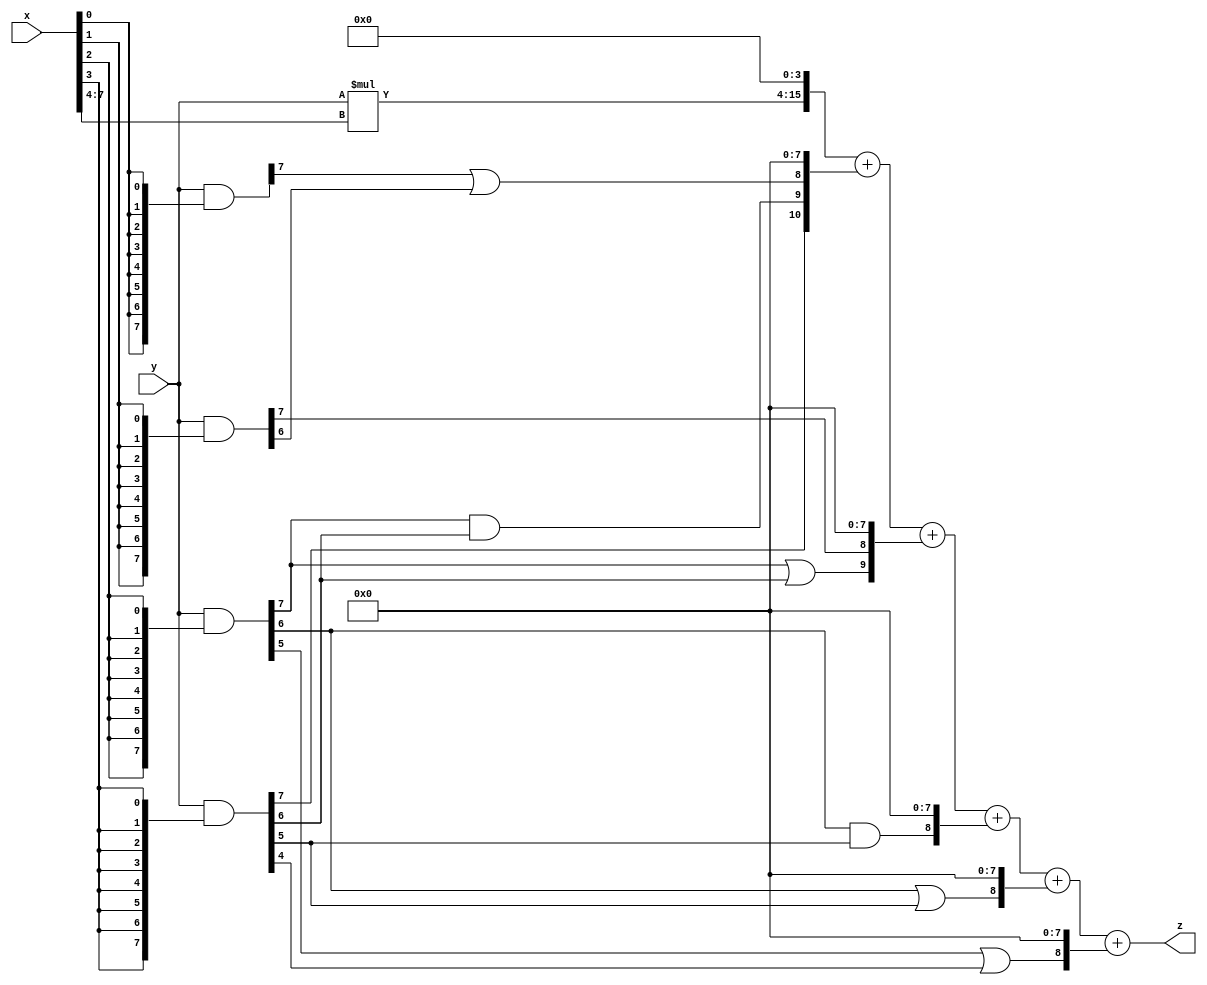
// terms: 8
// fval:  67386.25

module unsigned_exchange_8x8_l4_lamb7000_1 (
	input [7:0] x,
	input [7:0] y,
	output [15:0] z
);

wire [7:0] part1 =  y & {8{x[0]}};
wire [7:0] part2 =  y & {8{x[1]}};
wire [7:0] part3 =  y & {8{x[2]}};
wire [7:0] part4 =  y & {8{x[3]}};
wire [7:0] part5 =  y & {8{x[4]}};
wire [7:0] part6 =  y & {8{x[5]}};
wire [7:0] part7 =  y & {8{x[6]}};
wire [7:0] part8 =  y & {8{x[7]}};

wire [10:0] new_part1;
assign new_part1[0] = 0;
assign new_part1[1] = 0;
assign new_part1[2] = 0;
assign new_part1[3] = 0;
assign new_part1[4] = 0;
assign new_part1[5] = 0;
assign new_part1[6] = 0;
assign new_part1[7] = 0;
assign new_part1[8] = part1[7] | part2[6];
assign new_part1[9] = part3[7] & part4[6];
assign new_part1[10] = part4[7];

wire [9:0] new_part2;
assign new_part2[0] = 0;
assign new_part2[1] = 0;
assign new_part2[2] = 0;
assign new_part2[3] = 0;
assign new_part2[4] = 0;
assign new_part2[5] = 0;
assign new_part2[6] = 0;
assign new_part2[7] = 0;
assign new_part2[8] = part2[7];
assign new_part2[9] = part3[7] | part4[6];

wire [8:0] new_part3;
assign new_part3[0] = 0;
assign new_part3[1] = 0;
assign new_part3[2] = 0;
assign new_part3[3] = 0;
assign new_part3[4] = 0;
assign new_part3[5] = 0;
assign new_part3[6] = 0;
assign new_part3[7] = 0;
assign new_part3[8] = part3[6] & part4[5];

wire [8:0] new_part4;
assign new_part4[0] = 0;
assign new_part4[1] = 0;
assign new_part4[2] = 0;
assign new_part4[3] = 0;
assign new_part4[4] = 0;
assign new_part4[5] = 0;
assign new_part4[6] = 0;
assign new_part4[7] = 0;
assign new_part4[8] = part3[6] | part4[5];

wire [8:0] new_part5;
assign new_part5[0] = 0;
assign new_part5[1] = 0;
assign new_part5[2] = 0;
assign new_part5[3] = 0;
assign new_part5[4] = 0;
assign new_part5[5] = 0;
assign new_part5[6] = 0;
assign new_part5[7] = 0;
assign new_part5[8] = part3[5] | part4[4];

wire [11:0] tmp_z = y*x[7:4];

assign z = {tmp_z, 4'd 0} + new_part1 + new_part2 + new_part3 + new_part4 + new_part5;

endmodule